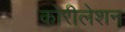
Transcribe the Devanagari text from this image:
कोरीलेशन